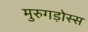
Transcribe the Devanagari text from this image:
मुरुगड़ोस्स